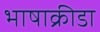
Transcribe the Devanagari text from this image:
भाषाक्रीडा